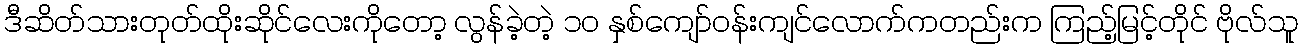
ဒီဆိတ်သားတုတ်ထိုးဆိုင်လေးကိုတော့ လွန်ခဲ့တဲ့ ၁၀ နှစ်ကျော်ဝန်းကျင်လောက်ကတည်းက ကြည့်မြင့်တိုင် ဗိုလ်သူ